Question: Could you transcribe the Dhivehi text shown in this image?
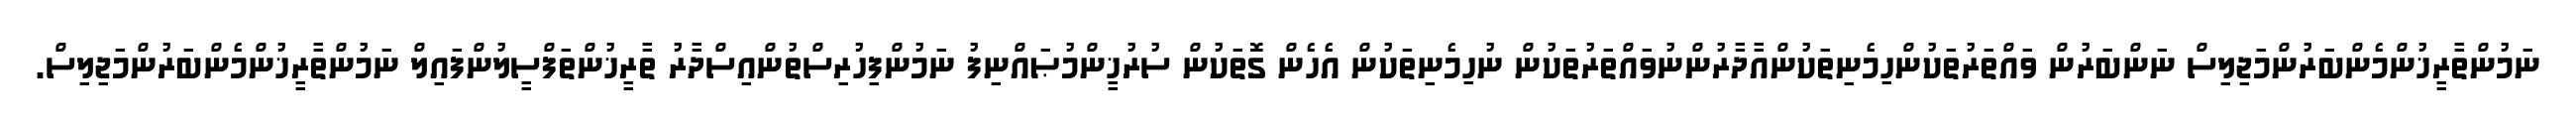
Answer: ނަމުންތާރީޚުންމެންބަރުންމަޖިލިސް ނަންބަރުން ވައްތަރުތަކުންހިމެނިތަކުންއާދާރުންނުވައްތަރުތަކުން ނުހިމެނިތަކުން އެހެން ގޮތަކުން ސުރުޚީންމުޞައްނިފު ނަމުންފިހުރިސްތުންއިސްދާރު ތާރީޚުންތަފްސީލުންފައިލް ނަމުންތާރީޚުންމެންބަރުންމަޖިލިސް.